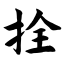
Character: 拴